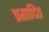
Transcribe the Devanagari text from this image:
प्रसादित